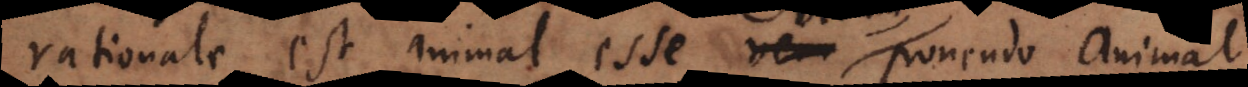
rationale est animal esse verum, ponendo animal